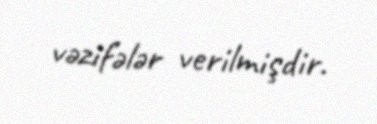
vəzifələr verilmişdir.